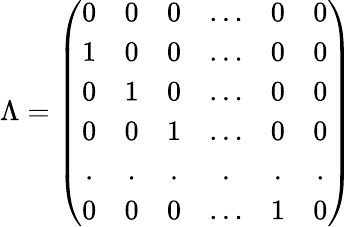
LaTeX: \Lambda=\left(\begin{array}{cccccc}{{0}}&{{0}}&{{0}}&{{\ldots}}&{{0}}&{{0}}\\ {{1}}&{{0}}&{{0}}&{{\ldots}}&{{0}}&{{0}}\\ {{0}}&{{1}}&{{0}}&{{\ldots}}&{{0}}&{{0}}\\ {{0}}&{{0}}&{{1}}&{{\ldots}}&{{0}}&{{0}}\\ {{.}}&{{.}}&{{.}}&{{.}}&{{.}}&{{.}}\\ {{0}}&{{0}}&{{0}}&{{\ldots}}&{{1}}&{{0}}\end{array}\right)